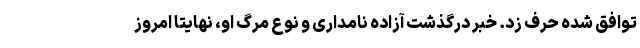
توافق شده حرف زد. خبر درگذشت آزاده نامداری و نوع مرگ او، نهایتا امروز